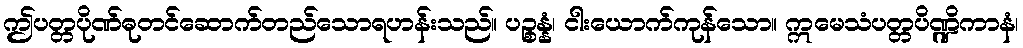
ဤပတ္တပိုဏ်ဓုတင်ဆောက်တည်သောရဟန်းသည်။ ပဉ္စန္နံ၊ ငါးယောက်ကုန်သော။ ဣမေသံပတ္တပိဏ္ဍိကာနံ၊